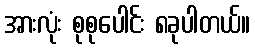
အားလုံး စုစုပေါင်း ၈ခုပါတယ်။